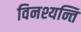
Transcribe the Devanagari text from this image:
विनश्यन्ति